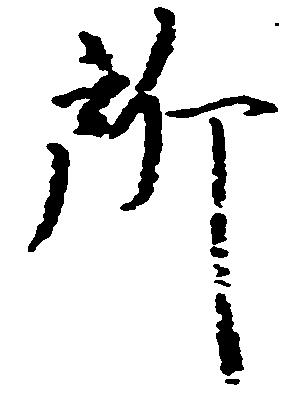
所